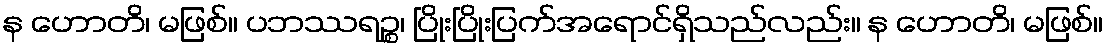
န ဟောတိ၊ မဖြစ်။ ပဘဿရဉ္စ၊ ပြိုးပြိုးပြက်အရောင်ရှိသည်လည်း။ န ဟောတိ၊ မဖြစ်။